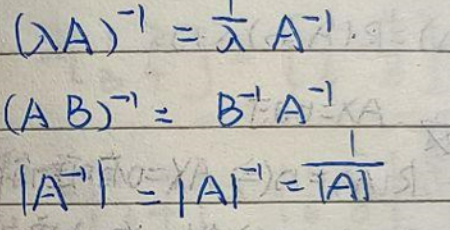
\[(\lambda A)^{-1}&=\frac{1}{\lambda}A^{-1}\]\\
\[(AB)^{-1}&=B^{-1}A^{-1}\]\\
\[|A^{-1}|&=|A|^{-1}=\frac{1}{|A|}\]